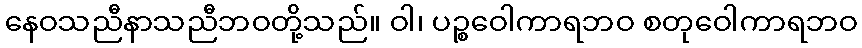
နေဝသညီနာသညီဘဝတို့သည်။ ဝါ၊ ပဉ္စဝေါကာရဘဝ စတုဝေါကာရဘဝ